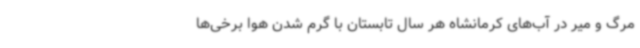
مرگ و میر در آب‌های کرمانشاه هر سال تابستان با گرم شدن هوا برخی‌ها